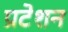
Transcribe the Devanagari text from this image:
प्रटेशन